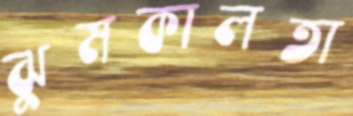
ঝুমকালতা